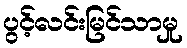
ပွင့်လင်းမြင်သာမှု